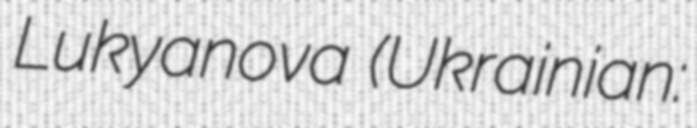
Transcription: Lukyanova (Ukrainian: